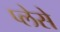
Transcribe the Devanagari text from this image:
प्लेसे